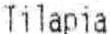
TILAPIA